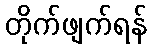
တိုက်ဖျက်ရန်